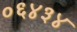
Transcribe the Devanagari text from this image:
०६४३४